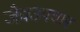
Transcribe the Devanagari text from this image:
जैवउपचार